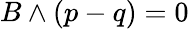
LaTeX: B\wedge(p-q)=0